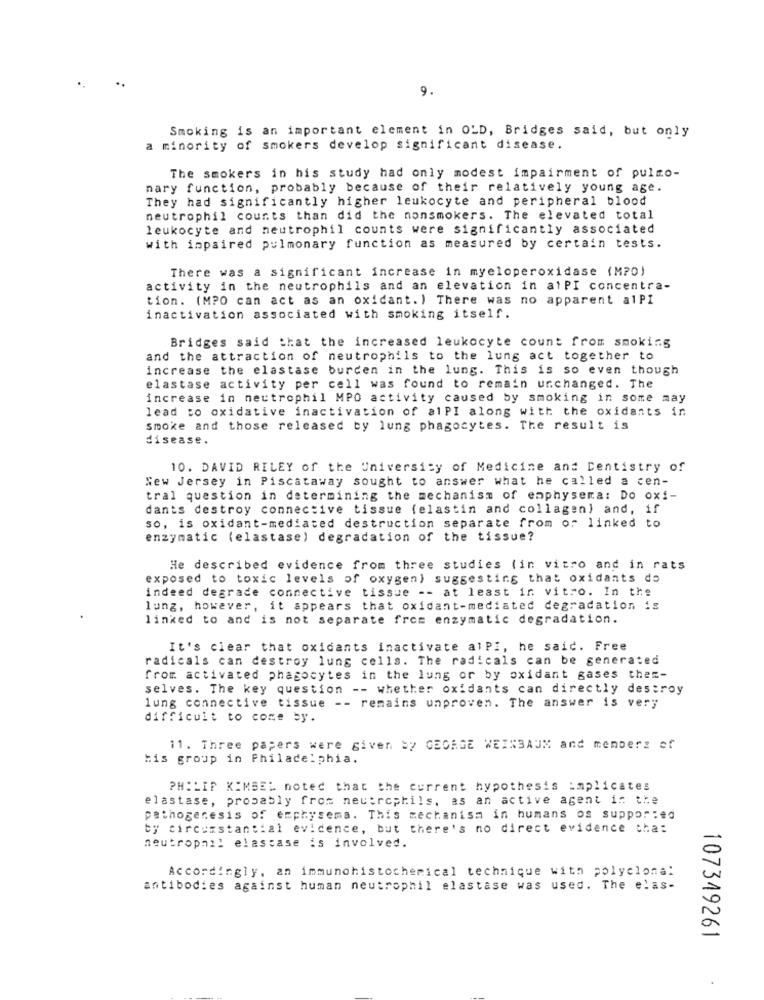
9.
Smoking is an important element in OLD, Bridges said, but only
a minority of smokers develop significant disease.
The smokers in his study had only modest impairment of pulmo-
mary function, probably because of their relatively young age.
They had significantly higher leukocyte and peripheral blood
neutrophil counts than did the nonsmokers. The elevated total
leukocyte and neutrophil counts were significantly associated
with impaired pulmonary function as measured by certain tests.
There was a significant increase in myeloperoxidase (MPO)
activity in the neutrophils and an elevation in atPl concentra-
tion. (MPO can act as an oxidant. ) There was no apparent alPI
inactivation associated with smoking itself.
Bridges said that the increased leukocyte count from smoking
and the attraction of neutrophils to the lung act together to
increase the elastase burden in the lung. This is so even though
elastase activity per cell was found to remain unchanged. The
increase in neutrophil MPO activity caused by smoking in some may
lead to oxidative inactivation of alPI along with the oxidants in
smoke and those released by lung phagocytes. The result is
disease.
10. DAVID RILEY of the University of Medicine and Dentistry of
New Jersey in Piscataway sought to answer what he called a cen-
tral question in determining the mechanism of emphysema: Do oxi-
dants destroy connective tissue (elastin and collagen) and, if
so, is oxidant-mediated destruction separate from or linked to
enzymatic (elastase) degradation of the tissue?
He described evidence from three studies (in vitro and in rats
exposed to toxic levels of oxygen) suggesting that oxidants do
indeed degrade connective tissue -- at least in vitro. In the
lung, however, it appears that oxidant-mediated degradation is
linked to and is not separate from enzymatic degradation.
It's clear that oxidants inactivate alPi, he said. Free
radicals can destroy lung cells. The radicals can be generated
from activated phagocytes in the lung or by oxidant gases the =-
selves. The key question -- whether oxidants can directly destroy
lung connective tissue -- remains unproven. The answer is very
difficult to come by.
11. Three papers were given by GEORGE WEINBAUM and members of
bis group in Philadelphia.
PHILIF KIMBEL noted that the current hypothesis implicates
elastase, probably from neutrophils. as an active agent in the
pathogenesis of emphysema. This mechanism in humans os suppor: ed
by circunstancial evidence, but there's no direct evidence tha:
neutrophil elastase is involved.
Accordingly, an immunohistochemical technique with polyclonal
antibodies against human neutrophil elastase was used. The elas-
107349261